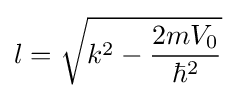
l={\sqrt {k^{2}-{\frac {2mV_{0}}{\hbar ^{2}}}}}